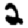
Digit: 2